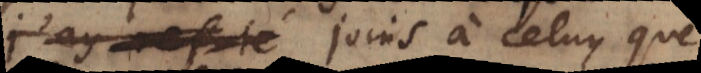
je le joins à celuy que